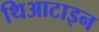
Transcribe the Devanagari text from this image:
थिआटाइन